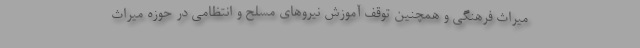
میراث فرهنگی و همچنین توقف آموزش نیروهای مسلح و انتظامی در حوزه میراث